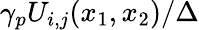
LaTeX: \gamma_{p}U_{i,j}(x_{1},x_{2})/\Delta